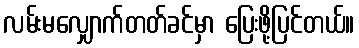
လမ်းမလျှောက်တတ်ခင်မှာ ပြေးဖို့ပြင်တယ်။